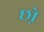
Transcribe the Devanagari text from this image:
छो़